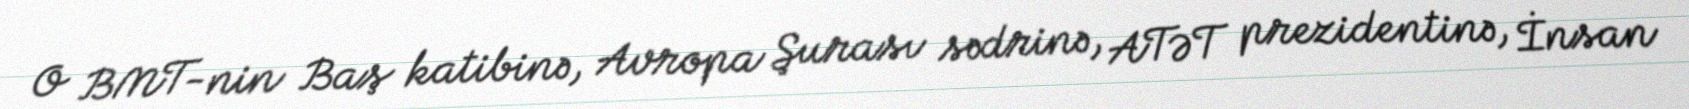
O BMT-nin Baş katibinə, Avropa Şurası sədrinə, ATƏT prezidentinə, İnsan